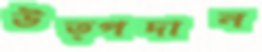
উত্পদান